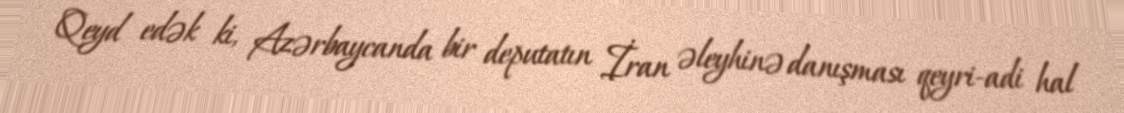
Qeyd edək ki, Azərbaycanda bir deputatın İran əleyhinə danışması qeyri-adi hal